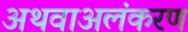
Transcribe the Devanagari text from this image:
अथवाअलंकरण